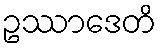
ဥဿာဒေတိ